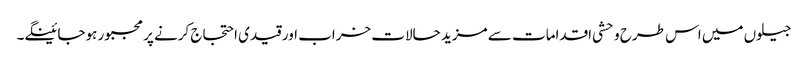
جیلوں میں اس طرح وحشی اقدامات سے مزید حالات خراب اور قیدی احتجاج کرنے پر مجبور ہوجائینگے۔